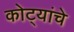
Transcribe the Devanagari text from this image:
कोट्यांचे